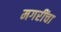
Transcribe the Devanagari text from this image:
मगरींचा